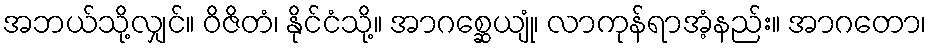
အဘယ်သို့လျှင်။ ဝိဇိတံ၊ နိုင်ငံသို့။ အာဂစ္ဆေယျုံ၊ လာကုန်ရာအံ့နည်း။ အာဂတော၊